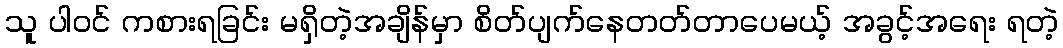
သူ ပါဝင် ကစားရခြင်း မရှိတဲ့အချိန်မှာ စိတ်ပျက်နေတတ်တာပေမယ့် အခွင့်အရေး ရတဲ့